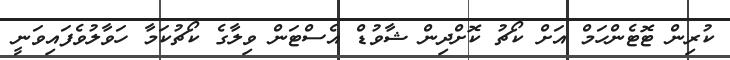
ކުރިން ޓޮޓެންހަމް އަށް ކޯޗު ކޮށްދިން ޝާވުޑް އެސްޓަން ވިލާގެ ކޯޗުކަމާ ހަވާލުވެފައިވަނީ